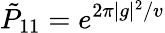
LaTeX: {\tilde{P}}_{11}=e^{2\pi|g|^{2}/v}